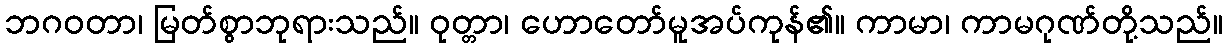
ဘဂဝတာ၊ မြတ်စွာဘုရားသည်။ ဝုတ္တာ၊ ဟောတော်မူအပ်ကုန်၏။ ကာမာ၊ ကာမဂုဏ်တို့သည်။